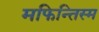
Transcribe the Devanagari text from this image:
मफिन्तिस्म